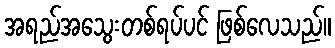
အရည်အသွေးတစ်ရပ်ပင် ဖြစ်လေသည်။